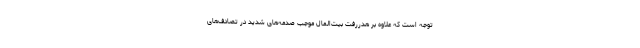
توجه است که علاوه بر هدررفت بیت‌المال موجب صدمه‌های شدید در تصادف‌های